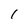
Character: 1